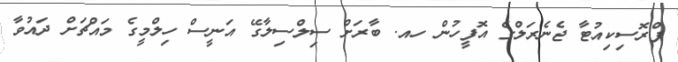
ޕްރޮސިކިއުޓާ ޖެނެރަލްގެ އޮފީހުން ހއ. ބާރަށް ސިލްސިލާގޭ އަނީސް ހިލްމީގެ މައްޗަށް ދައުވާ